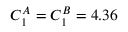
C _ { 1 } ^ { A } = C _ { 1 } ^ { B } = 4 . 3 6